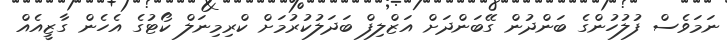
ނަމަވެސް ފުލުހުންގެ ބަންދުން ގޭބަންދަށް އަޒްލިފް ބަދަލުކުރުމަށް ކްރިމިނަލް ކޯޓުގެ އެހެން ގާޒީއެއް